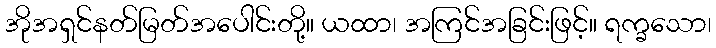
အိုအရှင်နတ်မြတ်အပေါင်းတို့။ ယထာ၊ အကြင်အခြင်းဖြင့်။ ရက္ခသော၊